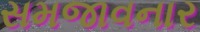
સમજાવનાર